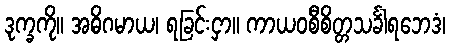
ဒုက္ခကို။ အဓိဂမာယ၊ ရခြင်းငှာ။ ကာယဝစီစိတ္တသင်္ခါရဘေဒံ၊